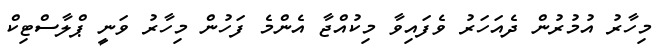
މިހާރު އުމުރުން ދެއަހަރު ވެފައިވާ މިކުއްޖާ އެންމެ ފަހުން މިހާރު ވަނީ ޕްލާސްޓިކް